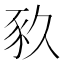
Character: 𧰫